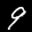
Label: 9